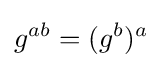
g^{ab}=(g^{b})^{a}